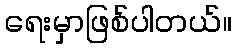
ရေးမှာဖြစ်ပါတယ်။